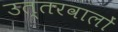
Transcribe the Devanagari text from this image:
उत्तरवालों